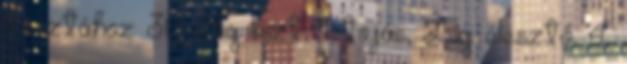
tésztához: 30 dkg liszt, 1 tojás, 25g élesztő, 4